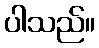
ပါသည်။